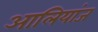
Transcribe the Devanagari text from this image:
आलियांज